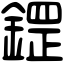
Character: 鎠